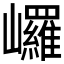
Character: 𡿇